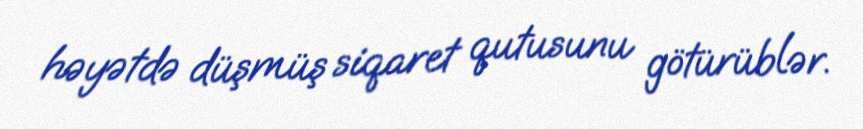
həyətdə düşmüş siqaret qutusunu götürüblər.